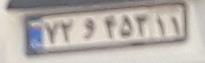
۷۲و۴۵۳۱۱